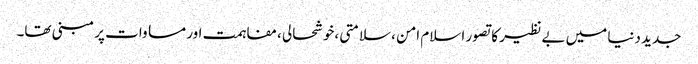
جدید دنیا میں بے نظیر کا تصور اسلام امن ،سلامتی ،خوشحالی ،مفاہمت اور مساوات پر مبنی تھا۔